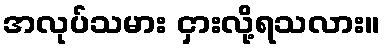
အလုပ်သမား ငှားလို့ရသလား။